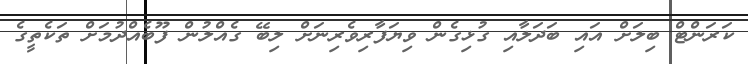
ކަރަންޓް ބިލަށް އައި ބަދަލާއި ގުޅިގެން ވިޔަފާރިވެރިނަށް ލިބޭ ގެއްލުން ފޫބެއްދުމަށް ތަކެތީގެ